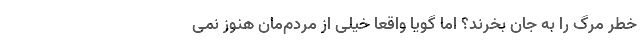
خطر مرگ را به جان بخرند؟ اما گویا واقعا خیلی از مردم‌مان هنوز نمی